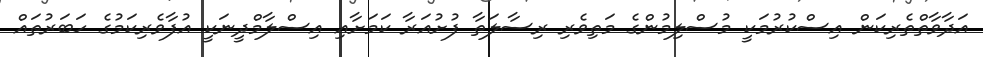
އަދާވާތްތެރިކަން އިސްކުރުމަކީ މުސްލިމުންގެ މަތިވެރި ރިސާލަތާ ފުށުއަރާ ކަމަށާއި އިސްލާމްދީނަކީ އުފާވެރިކަމުގެ ހަބަރުތައް